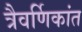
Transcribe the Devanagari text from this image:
त्रैवर्णिकांत